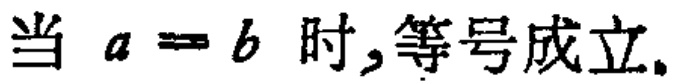
当 \(a = b\) 时,等号成立.